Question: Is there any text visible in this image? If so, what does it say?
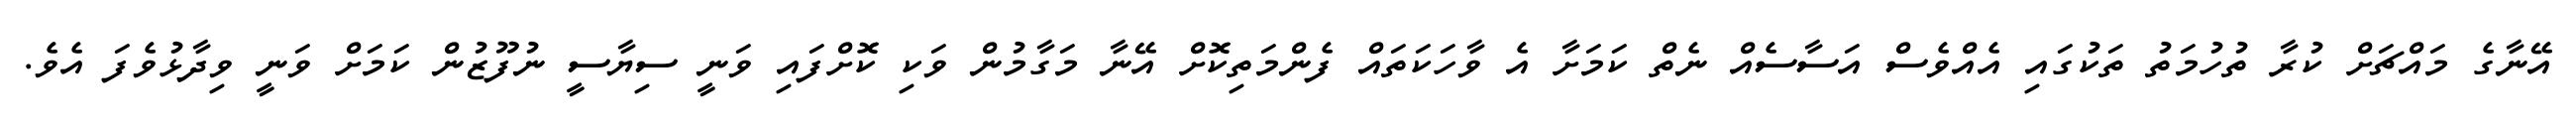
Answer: އޭނާގެ މައްޗަށް ކުރާ ތުހުމަތު ތަކުގައި އެއްވެސް އަސާސެއް ނެތް ކަމަށާ އެ ވާހަކަތައް ފެންމަތިކޮށް އޭނާ މަގާމުން ވަކި ކޮށްފައި ވަނީ ސިޔާސީ ނުފޫޒުން ކަމަށް ވަނީ ވިދާޅުވެފަ އެވެ.